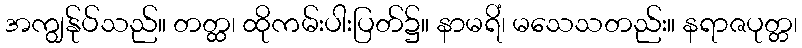
အကျွန်ုပ်သည်။ တတ္ထ၊ ထိုကမ်းပါးပြတ်၌။ နာမရိံ၊ မသေသတည်း။ နရာဇပုတ္တ၊